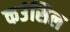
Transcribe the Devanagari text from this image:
कउंसिल